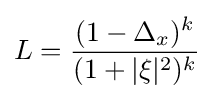
L={\frac {(1-\Delta _{x})^{k}}{(1+|\xi |^{2})^{k}}}